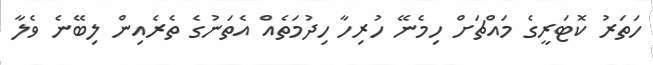
ހަތަރު ކޮޓަރީގެ މައްޗަށް ހިމެނޭ ހުރިހާ ހިދުމަތެއް އެތަނުގެ ތެރެއިން ލިބޭނެ ވެލާ